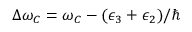
\Delta \omega _ { C } = \omega _ { C } - ( \epsilon _ { 3 } + \epsilon _ { 2 } ) / \hbar